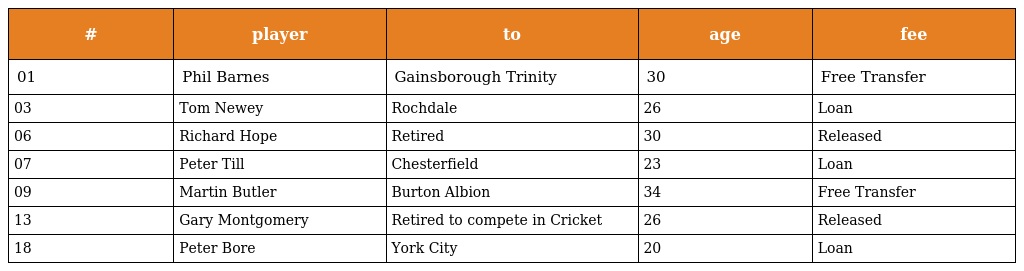
| # | player | to | age | fee |
 | --- | --- | --- | --- | --- |
 | 01 | Phil Barnes | Gainsborough Trinity | 30 | Free Transfer |
 | 03 | Tom Newey | Rochdale | 26 | Loan |
 | 06 | Richard Hope | Retired | 30 | Released |
 | 07 | Peter Till | Chesterfield | 23 | Loan |
 | 09 | Martin Butler | Burton Albion | 34 | Free Transfer |
 | 13 | Gary Montgomery | Retired to compete in Cricket | 26 | Released |
 | 18 | Peter Bore | York City | 20 | Loan |